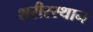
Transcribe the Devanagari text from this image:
शरीरस्थान